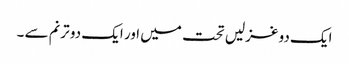
ایک دو غزلیں تحت میں اور ایک دو ترنم سے ۔